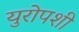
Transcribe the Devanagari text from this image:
युरोपशी